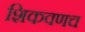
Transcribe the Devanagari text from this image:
शिकवणच